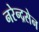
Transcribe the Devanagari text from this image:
नरेन्द्रसेन